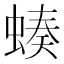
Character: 𧎝